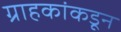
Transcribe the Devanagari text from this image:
ग्राहकांकडून